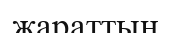
жараттың